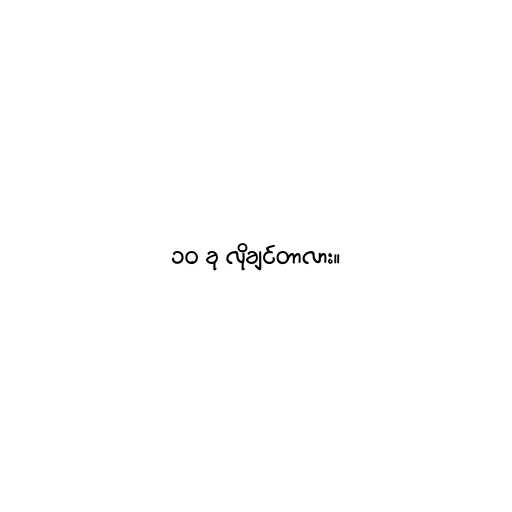
၁၀ ခု လိုချင်တာလား။